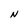
Character: N